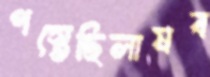
পস্তেছিলামব